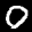
Label: 0